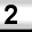
Digit: 2